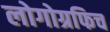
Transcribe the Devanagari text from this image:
लोगोग्रफिच